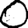
Digit: 0